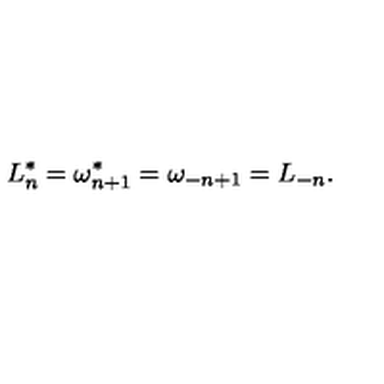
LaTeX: L _ { n } ^ { * } = \omega _ { n + 1 } ^ { * } = \omega _ { - n + 1 } = L _ { - n } .